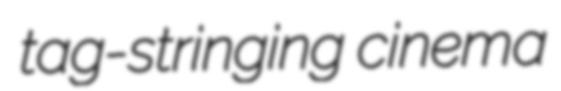
tag-stringing cinema